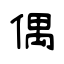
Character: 偶